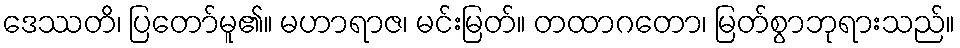
ဒေဿတိ၊ ပြတော်မူ၏။ မဟာရာဇ၊ မင်းမြတ်။ တထာဂတော၊ မြတ်စွာဘုရားသည်။